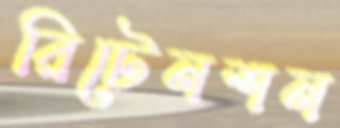
রিটেনশন